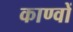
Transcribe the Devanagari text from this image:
काण्वों